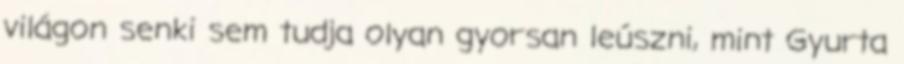
világon senki sem tudja olyan gyorsan leúszni, mint Gyurta